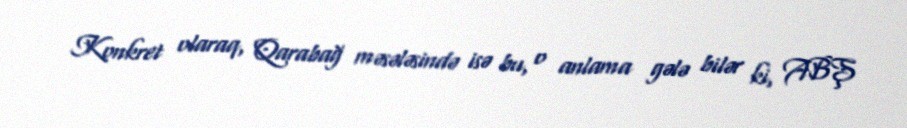
Konkret olaraq, Qarabağ məsələsində isə bu, o anlama gələ bilər ki, ABŞ